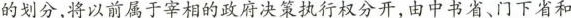
的划分，将以前属于宰相的政府决策执行权分开，由中书省、门下省和